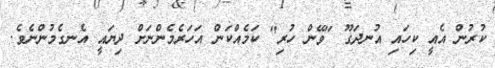
ކުރުން އެއީ ކިހައި އުނދަގޫ "ވޭން ހުރި" ކަމެއްކަން އަހަރެމެންނަށް ދިޔައީ އެނގެމުންނެވެ.